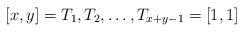
LaTeX: \begin{align*}[x,y]=T_1, T_2, \dots, T_{x+y-1}=[1,1]\end{align*}